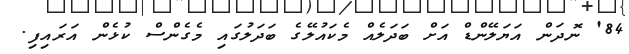
84' ނޮދަން އަޔަލޭންޑް އަށް ބަދަލެއް މެކައުލޭގެ ބަދަލުގައި މެގެންސް ކުޅެން އަރައިފި.